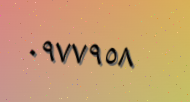
٠٩٧٧٩٥٨